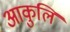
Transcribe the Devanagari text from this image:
आकुलि